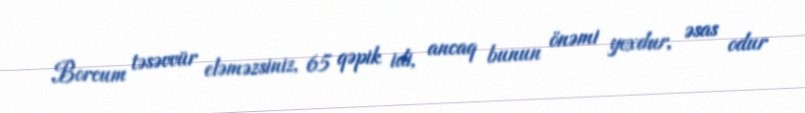
Borcum təsəvvür eləməzsiniz, 65 qəpik idi, ancaq bunun önəmi yoxdur, əsas odur